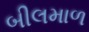
બીલમાળ